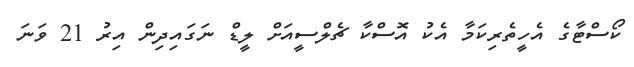
ކޯސްޓާގެ އެހީތެރިކަމާ އެކު އޮސްކާ ޗެލްސީއަށް ލީޑް ނަގައިދިން އިރު 21 ވަނަ